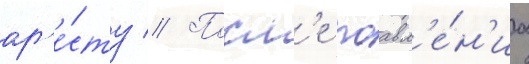
ар'е́сту // Посл'е поавл'е́н'иа